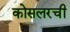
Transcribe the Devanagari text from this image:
कोसलरची